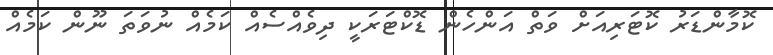
ކޮމާންޑަރު ކޮޓަރިއަށް ވަތް އަންހެން ޑޮކްޓަރަކީ ދިވެއްސެއް ކަމެއް ނުވަތަ ނޫން ކަމެއް